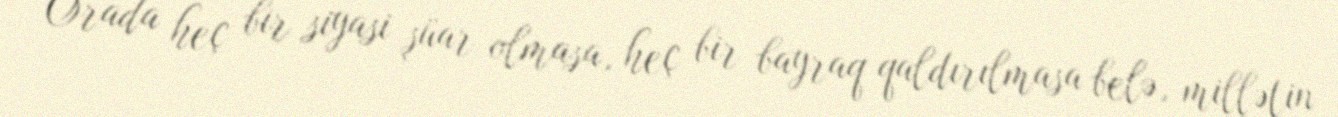
Orada heç bir siyasi şüar olmasa, heç bir bayraq qaldırılmasa belə, millətin